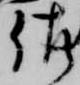
佐